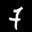
Label: 7